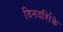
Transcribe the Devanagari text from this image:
दिनदर्शिके